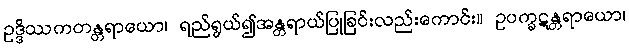
ဥဒ္ဒိဿကတန္တရာယော၊ ရည်ရွယ်၍အန္တရာယ်ပြုခြင်းလည်းကောင်း။ ဥပက္ခဋန္တရာယော၊